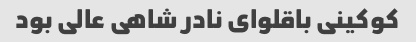
کوکینی باقلوای نادر شاهی عالی بود